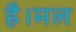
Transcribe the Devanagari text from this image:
है।मल